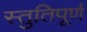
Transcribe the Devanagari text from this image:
स्तुतिपूर्ण